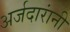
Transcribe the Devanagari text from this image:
अर्जदारांनी